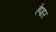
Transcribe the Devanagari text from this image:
हेपार